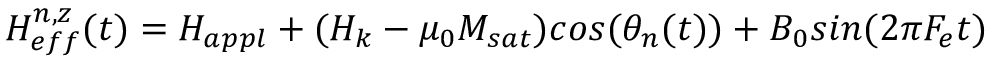
H _ { e f f } ^ { n , z } ( t ) = H _ { a p p l } + ( H _ { k } - \mu _ { 0 } M _ { s a t } ) c o s ( \theta _ { n } ( t ) ) + B _ { 0 } s i n ( 2 \pi F _ { e } t )